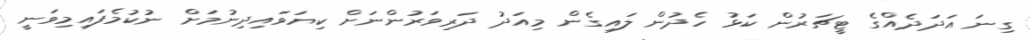
ގިނަ އަދަދެއްގެ ޓީޗަރުން ކަޅު ހެދުން ލައިގެން މިއަދު ދަރިވަރުންނަށް ކިޔަވައިދިނުމަށް ނުކުމެފައިމިވަނީ